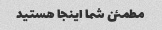
مطمئن شما اینجا هستید